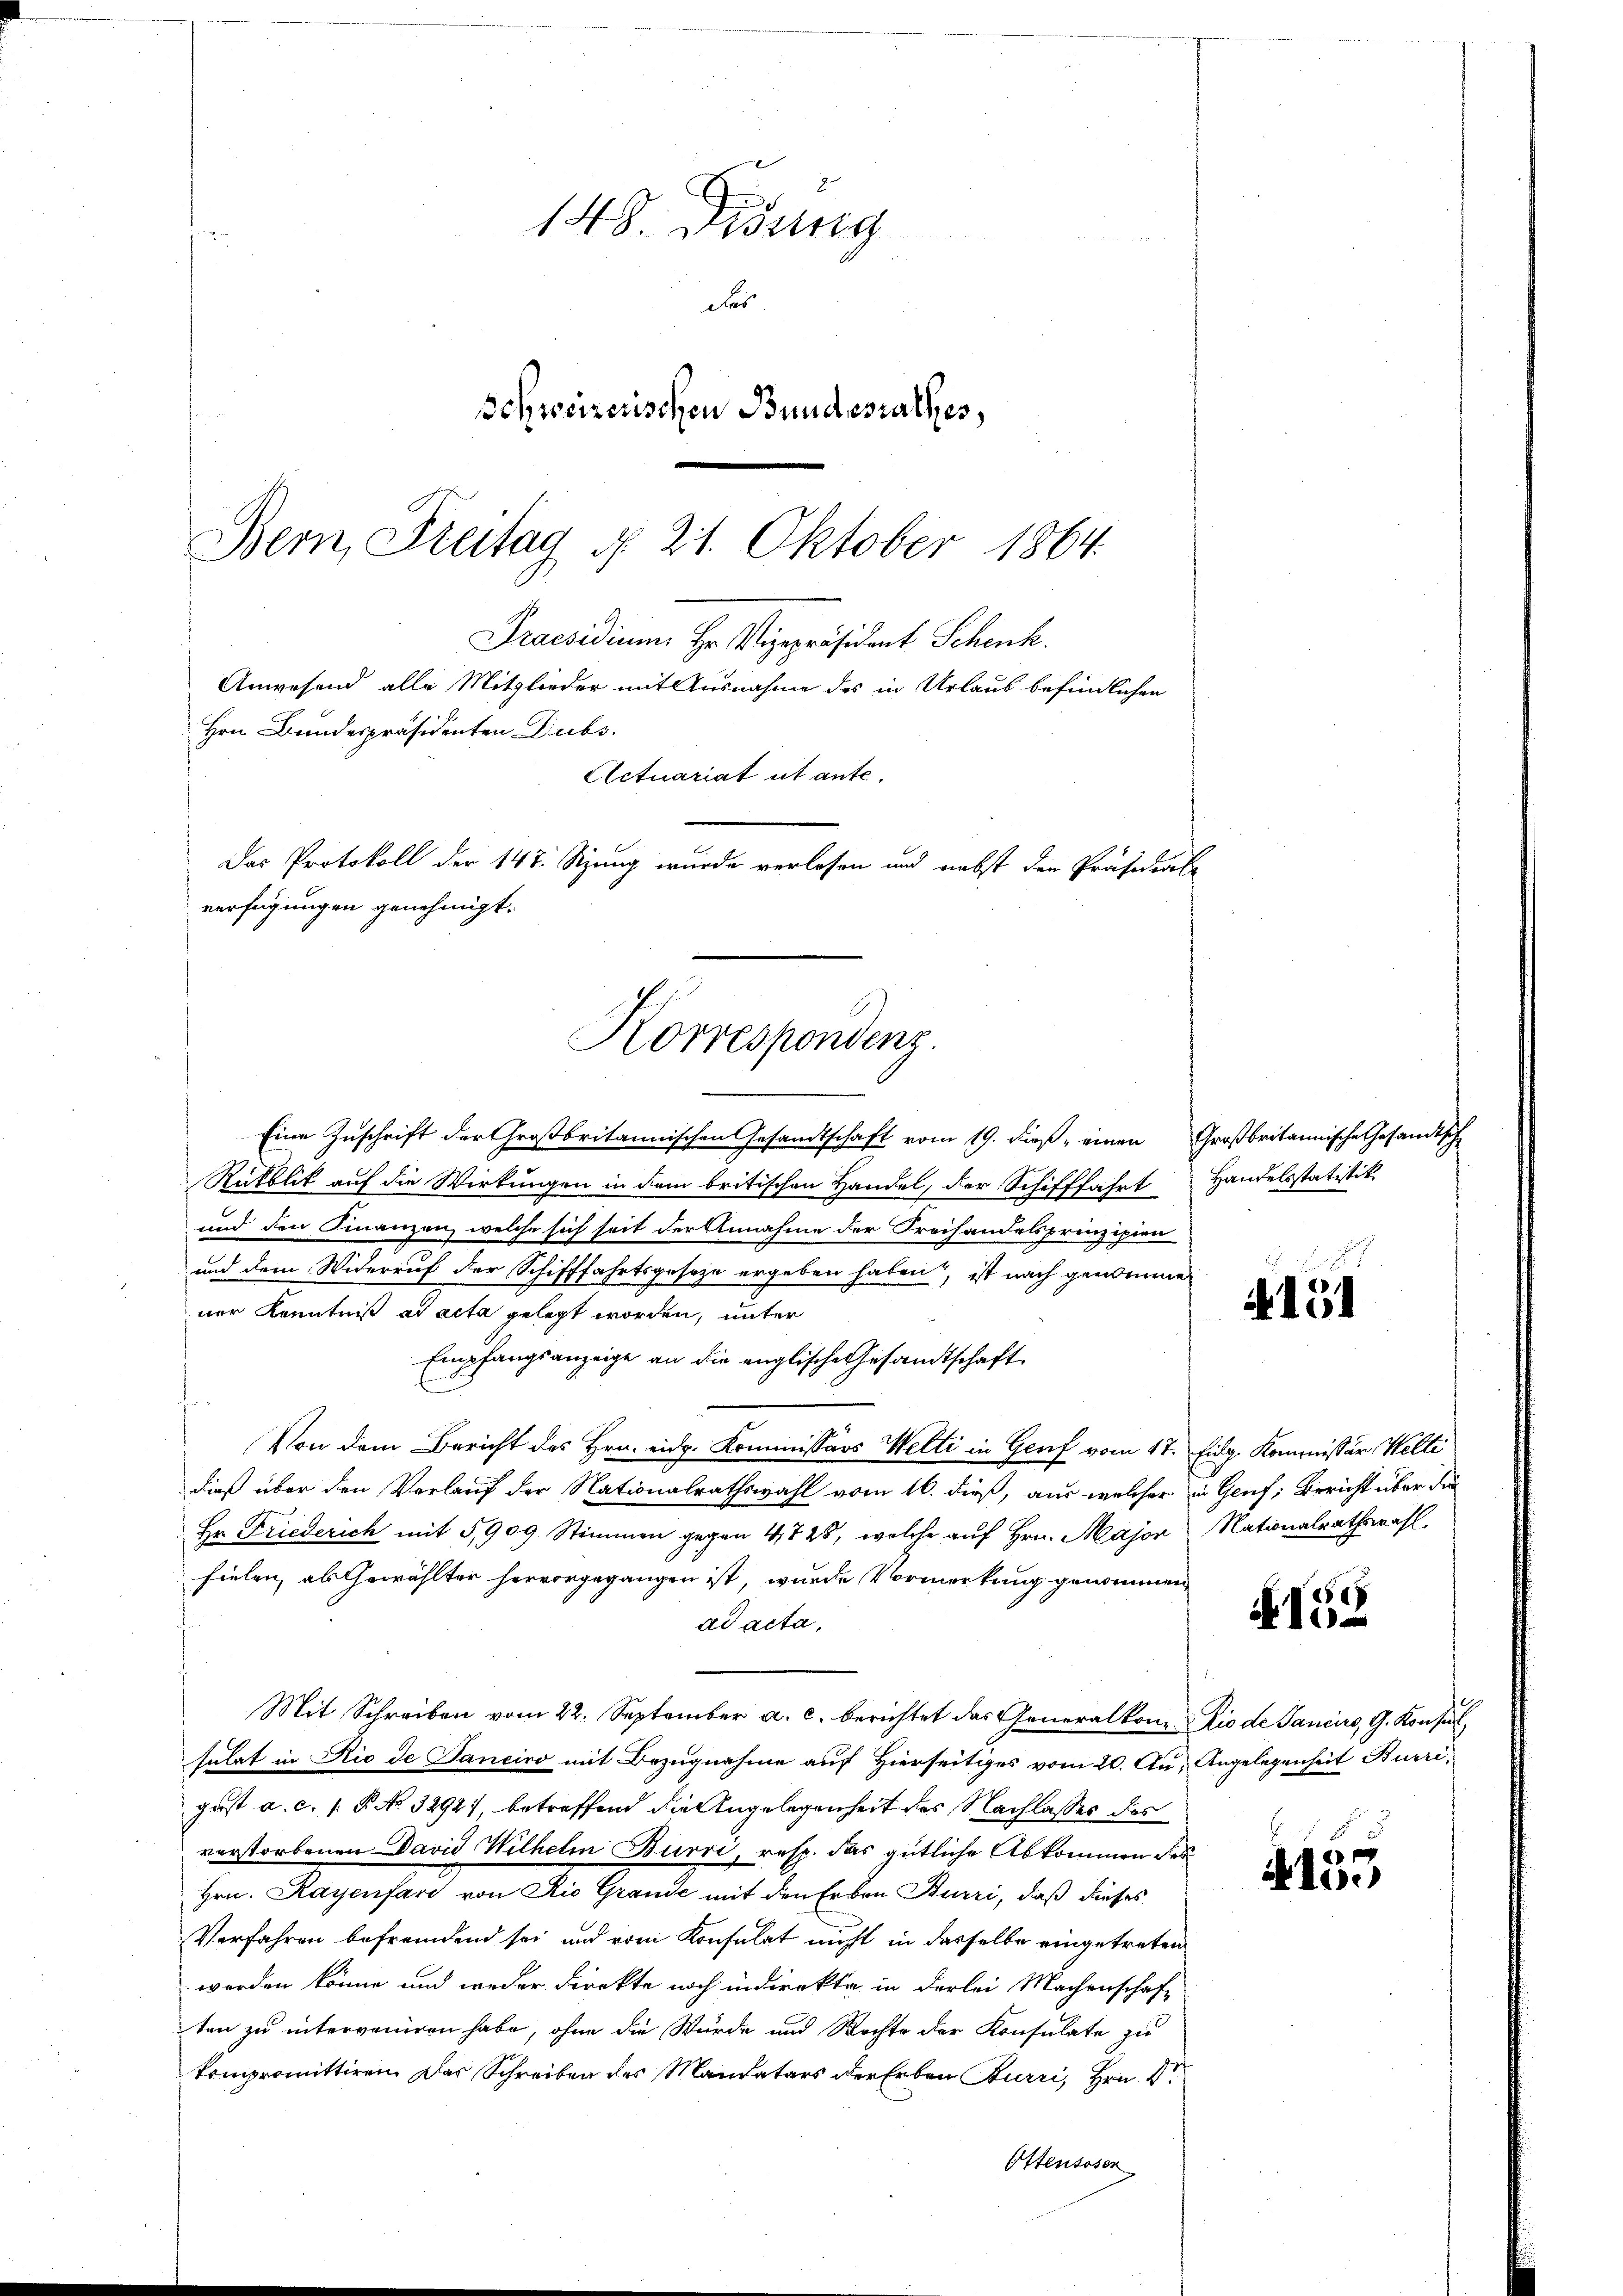
148 Didung
das
Schweizerischen Bundesrathes,
Bern, Freitag §. 21. Oktober 1864.
Praesidium Hr. Vizepräsident Schenk.
Anwesend alle Mitglieder mit Ausnahme des in Urlaub befindlichen
Hrn Bundespräsidenten Dubs.
Actuariat ut ante.
Das Protokoll der 147. Sizung wurde verlesen und nebst den Präsidiale
verfügungen genehmigt.
Korrespondenz.

Eine Zuschrift der Großbritannischen Gesandtschaft vom 19. dieß einen Großbritannische Gesandtsch
Rückblik auf die Wirkungen in dem britischen Handel, der Schifffahrt Handelsstatistik
und den Finanzen, welche sich seit der Annahme der Freihandelsprinzipien
und dem Widerruf der Schifffahrtsgeseze ergeben haben, ist nach genomme
ner Kenntniß ad acta gelegt worden, unter
Empfangsanzeige an die englische Gesandtschaft
E
Von dem Bericht des Hrn. eidg. Kommissärs Welti in Genf vom 17. Eidg. Kommissär Welti
dieß über den Verlauf der Nationalrathswahl vom 16. dieß, aus welcher in Genf, Bericht über die
Hr. Friederich mit 5,909 Stimmen gegen 4,728, welche auf Hrn. Major Nationalrathswahl
fielen, als Gewählter hervorgegangen ist, wurde Vormerkung genommen
ad acta,
Mit Schreiben vom 22. September a. c. berichtet das Generalkomis de Tancirs, G. Konsul
sulat in Rio de Sanciro mit Bezugnahme auf Hierseitiges vom 20. Au, Angelegenheit Burri,
gust a. c. s. R. No. 3292), betreffend die Angelegenheit des Nachlasses des
verstorbenen David Wilhelm Burri, resp. das gütliche Abkommen des
Hrn. Kayenfari von Rio Grande mit den Erben Burri, daß dieses
Verfahren befremdend sei und vom Konsulat nicht in dasselbe eingetreten
werden könne und weder Direkte noch indirekte in derlei Machenschaft
ten zu interveniren habe, ohne die Würde und Rechte der Konsulate zu
kompromittiren. Der Schreiben des Mandatars der Erben Burri, Hrn. D
Ottensoser

A 151

N 152

4153